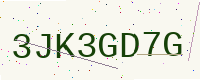
Text: 3JK3GD7G